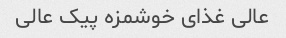
عالی غذای خوشمزه پیک عالی